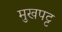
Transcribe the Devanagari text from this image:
मुखपट्ट